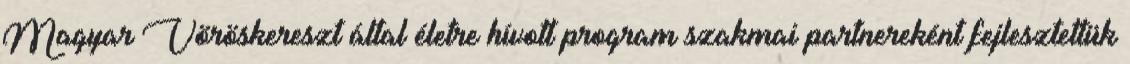
Magyar Vöröskereszt által életre hívott program szakmai partnereként fejlesztettük